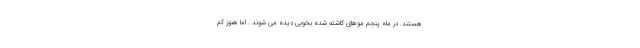
هستند. در ماه پنجم موهای کاشته شده بخوبی دیده می شوند . اما هنوز کم